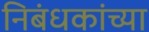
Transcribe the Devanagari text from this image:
निबंधकांच्या